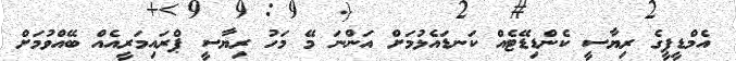
އެމްޑީޕީގެ ރިޔާސީ ކެންޑިޑޭޓެއް ކަނޑައެޅުމަށް އަންނަ މޭ މަހު ރިޔާސީ ޕްރައިމަރީއެއް ބޭއްވުމަށް